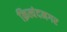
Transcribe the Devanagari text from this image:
क्रित्यंदनगर